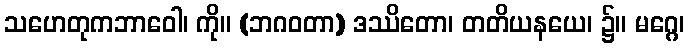
သဟေတုကဘာဝေါ၊ ကို။ (ဘဂဝတာ) ဒဿိတော၊ တတိယနယေ၊ ၌။ မဂ္ဂေ၊